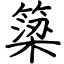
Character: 簗